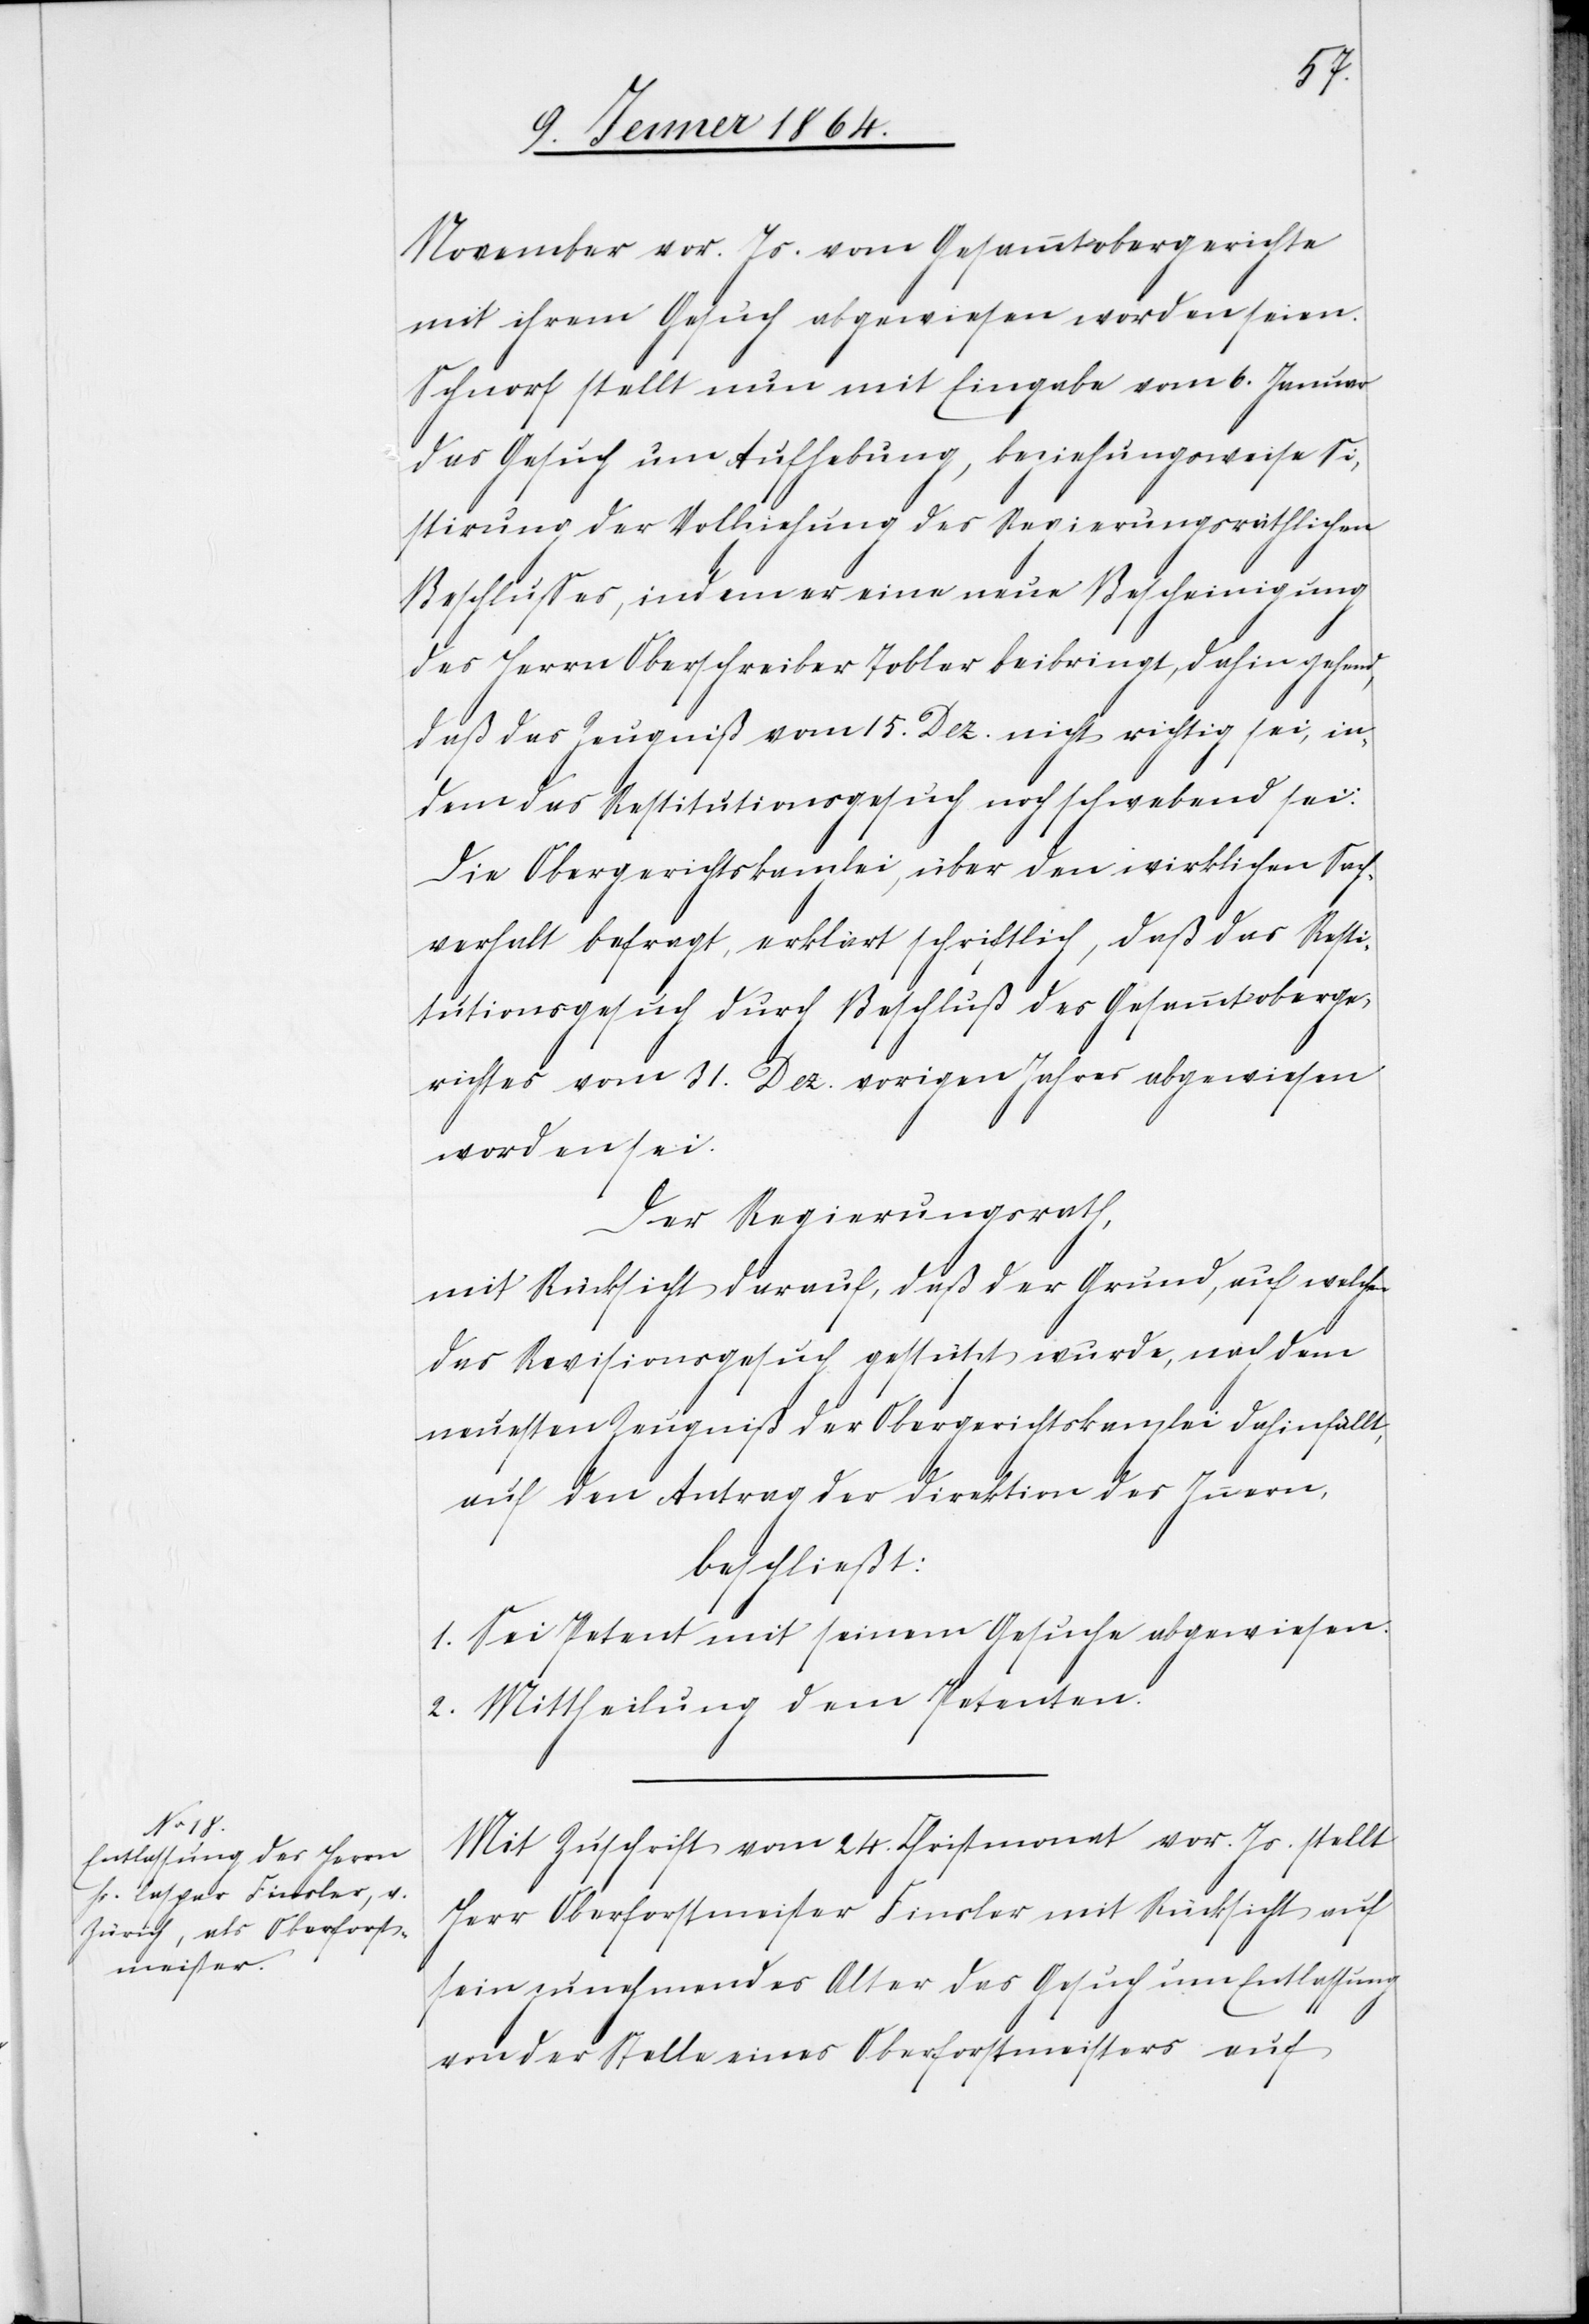
November vor. Js. vom Gesammtobergerichte
mit ihrem Gesuch abgewiesen worden seien.
Schnorf stellt nun mit Eingabe vom 6. Januar
das Gesuch um Aufhebung, beziehungsweise Si¬
stirung der Vollziehung des Regierungsräthlichen
Beschlusses, indem er eine neue Bescheinigung
des Herrn Oberschreiber Tobler beibringt, dahin gehend,
daß das Zeugniß vom 15. Dez. nicht richtig sei, in¬
dem das Restitutionsgesuch noch schwebend sei.
Die Obergerichtskanzlei, über den wirklichen Sach¬
verhalt befragt, erklärt schriftlich, daß das Resti¬
tutionsgesuch durch Beschluß des Gesammtoberge¬
richtes vom 31. Dez. vorigen Jahres abgewiesen
worden sei.
Der Regierungsrath,
mit Rücksicht darauf, daß der Grund, auf welchen
das Revisionsgesuch gestützt wurde, nach dem
neuesten Zeugniß der Obergerichtskanzlei dahinfällt,
auf den Antrag der Direktion des Innern,
beschließt:
1. Sei Petent mit seinem Gesuche abgewiesen.
2. Mittheilung dem Petenten.
Mit Zuschrift vom 24. Christmonat vor. Js. stellt
Herr Oberforstmeister Finsler mit Rücksicht auf
sein zunehmendes Alter das Gesuch um Entlassung
von der Stelle eines Oberforstmeisters auf